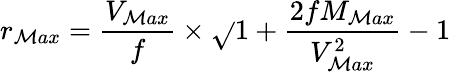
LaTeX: r_{\mathcal{M}ax}=\frac{{V_{\mathcal{M}ax}}}{{f}}\times\sqrt{}{{1+\frac{{2fM_{\mathcal{M}ax}}}{{V_{\mathcal{M}ax}^{2}}}-1}}